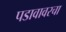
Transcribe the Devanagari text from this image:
पडावावरचा